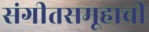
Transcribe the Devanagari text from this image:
संगीतसमूहाची